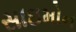
સાઇમોન